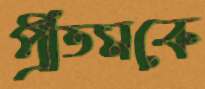
প্রীতমকে